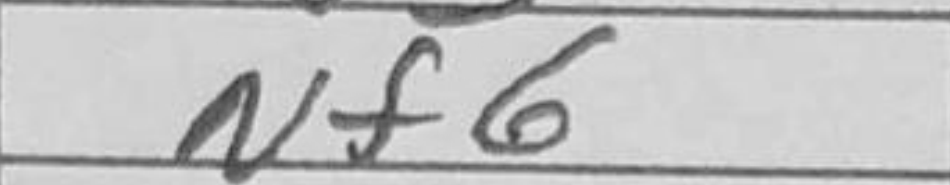
Transcription: Nf6